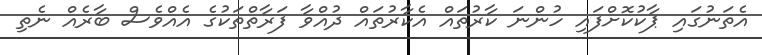
އެތަނުގައި ޕާކުކޮށްފައި ހުންނަ ކާރުތައް އެކާރުތައް ދުއްވާ ފަރާތްތަކުގެ އެއްވެސް ބާރެއް ނެތި